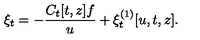
\xi _ { t } = - { \frac { C _ { t } [ t , z ] f } { u } } + \xi _ { t } ^ { ( 1 ) } [ u , t , z ] .